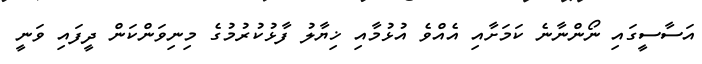
އަސާސީގައި ނޯންނާނެ ކަމަށާއި އެއްވެ އުޅުމާއި ޚިޔާލު ފާޅުކުރުމުގެ މިނިވަންކަން ދީފައި ވަނީ